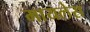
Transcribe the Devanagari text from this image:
मायलेस